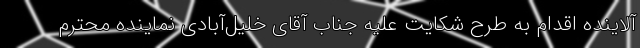
آلاینده اقدام به طرح شکایت علیه جناب آقای خلیل‌آبادی نماینده محترم